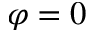
\varphi = 0